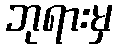
ဘုရားမှ